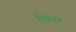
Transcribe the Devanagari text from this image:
छित्तरे